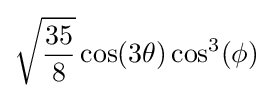
{\sqrt {35 \over {8}}}\cos(3\theta )\cos ^{3}(\phi )